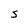
Character: S